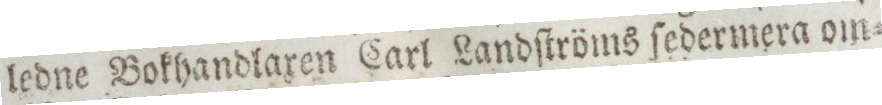
ledne Bokhandlaxen Carl Landſtröms ſedermera om=